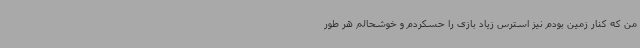
من که کنار زمین بودم نیز استرس زیاد بازی را حسکردم و خوشحالم هر طور